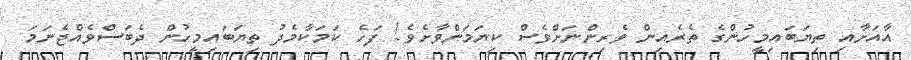
އާއަށާއި ތިޔަބައިމީހުންގެ ތެރެއިން ވެރިންނަށްވެސް ކިޔަމަންވާށެވެ! ފަހެ ކަމަކާމެދު ތިޔަބައިމީހުން ދެބަސްވެއްޖެނަމަ